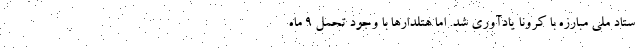
ستاد ملی مبارزه با کرونا یادآوری شد. اما هتلدارها با وجود تحمل ۹ ماه